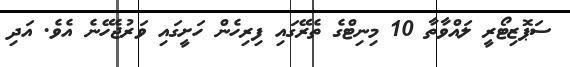
ސަޕޮޒިޓޯރީ ލައްވާތާ 10 މިނިޓްގެ ތެރޭގައި ފިރިހެން ހަށީގައި ވަރުޖެހޭނެ އެވެ. އަދި